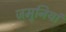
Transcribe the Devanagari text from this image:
जमुनियां